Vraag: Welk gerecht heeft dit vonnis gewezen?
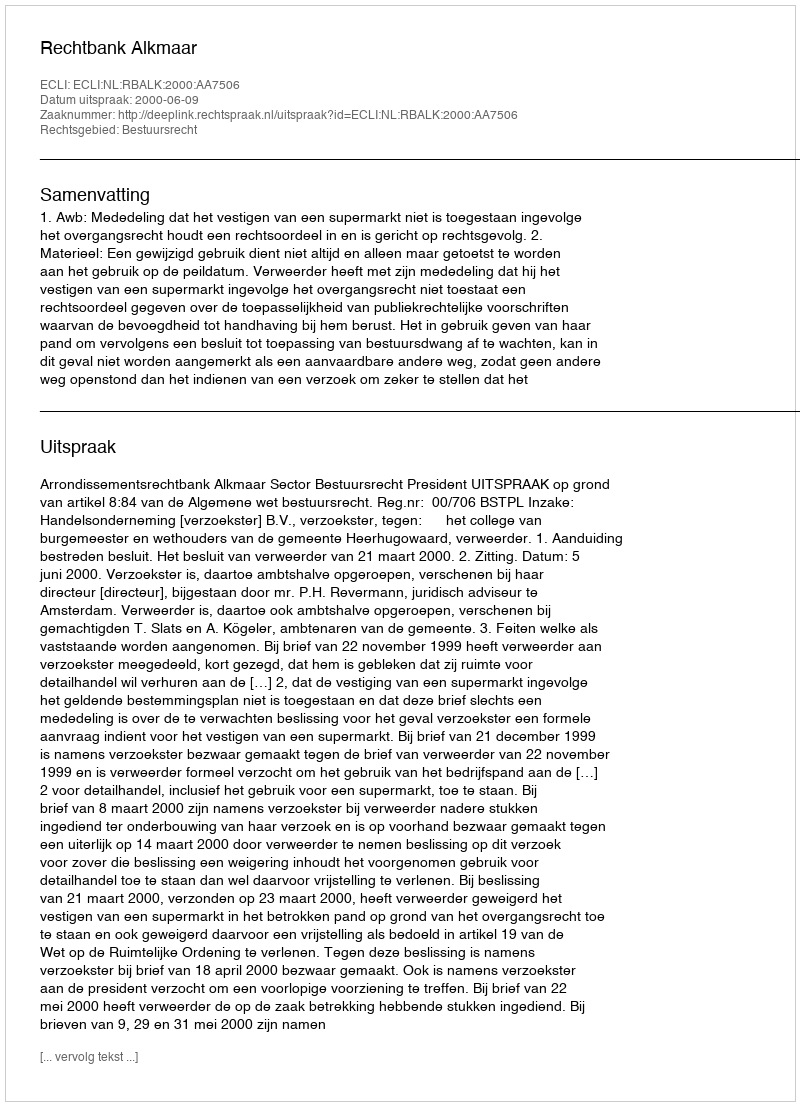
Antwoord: Rechtbank Alkmaar